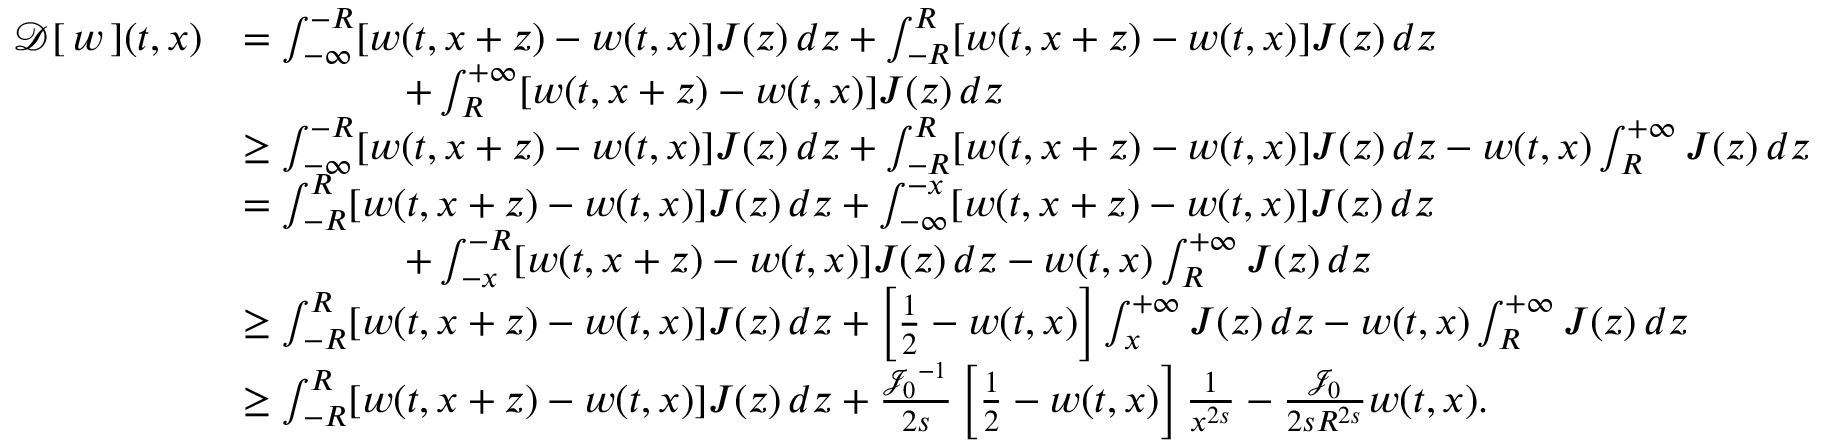
\begin{array} { r l } { { \mathcal { D } } [ \, { w } \, ] ( t , x ) } & { = \int _ { - \infty } ^ { - R } [ w ( t , x + z ) - w ( t , x ) ] J ( z ) \, d z + \int _ { - R } ^ { R } [ w ( t , x + z ) - w ( t , x ) ] J ( z ) \, d z } \\ & { \qquad \qquad + \int _ { R } ^ { + \infty } [ w ( t , x + z ) - w ( t , x ) ] J ( z ) \, d z } \\ & { \ge \int _ { - \infty } ^ { - R } [ w ( t , x + z ) - w ( t , x ) ] J ( z ) \, d z + \int _ { - R } ^ { R } [ w ( t , x + z ) - w ( t , x ) ] J ( z ) \, d z - w ( t , x ) \int _ { R } ^ { + \infty } J ( z ) \, d z } \\ & { = \int _ { - R } ^ { R } [ w ( t , x + z ) - w ( t , x ) ] J ( z ) \, d z + \int _ { - \infty } ^ { - x } [ w ( t , x + z ) - w ( t , x ) ] J ( z ) \, d z } \\ & { \qquad \qquad + \int _ { - x } ^ { - R } [ w ( t , x + z ) - w ( t , x ) ] J ( z ) \, d z - w ( t , x ) \int _ { R } ^ { + \infty } J ( z ) \, d z } \\ & { \ge \int _ { - R } ^ { R } [ w ( t , x + z ) - w ( t , x ) ] J ( z ) \, d z + \left[ \frac { 1 } { 2 } - w ( t , x ) \right] \int _ { x } ^ { + \infty } J ( z ) \, d z - w ( t , x ) \int _ { R } ^ { + \infty } J ( z ) \, d z } \\ & { \ge \int _ { - R } ^ { R } [ w ( t , x + z ) - w ( t , x ) ] J ( z ) \, d z + \frac { { { \mathcal { J } } _ { 0 } } ^ { - 1 } } { 2 s } \left[ \frac { 1 } { 2 } - w ( t , x ) \right] \frac { 1 } { x ^ { 2 s } } - \frac { { \mathcal { J } } _ { 0 } } { 2 s R ^ { 2 s } } w ( t , x ) . } \end{array}